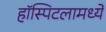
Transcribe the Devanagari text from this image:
हॉस्पिटलामध्ये